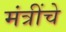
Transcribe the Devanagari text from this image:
मंत्रींचे